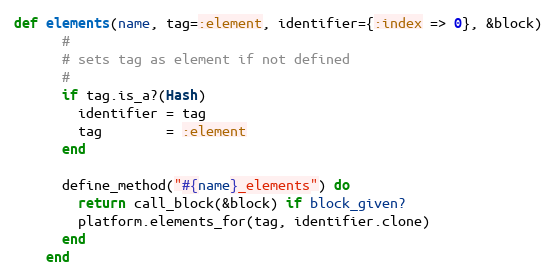
Language: Ruby
def elements(name, tag=:element, identifier={:index => 0}, &block)
      #
      # sets tag as element if not defined
      #
      if tag.is_a?(Hash)
        identifier = tag
        tag        = :element
      end

      define_method("#{name}_elements") do
        return call_block(&block) if block_given?
        platform.elements_for(tag, identifier.clone)
      end
    end